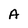
Character: A